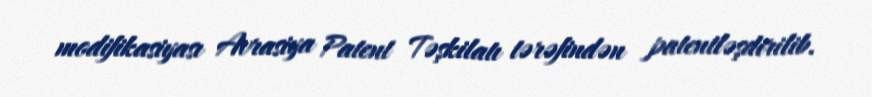
modifikasiyası Avrasiya Patent Təşkilatı tərəfindən patentləşdirilib.